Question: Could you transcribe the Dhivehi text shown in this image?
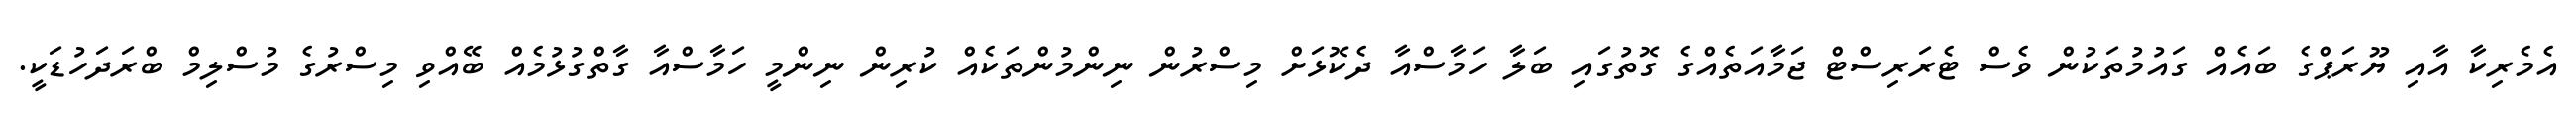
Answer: އެމެރިކާ އާއި ޔޫރަޕްގެ ބައެއް ގައުމުތަކުން ވެސް ޓެރަރިސްޓް ޖަމާއަތެއްގެ ގޮތުގައި ބަލާ ހަމާސްއާ ދެކޮޅަށް މިސްރުން ނިންމުންތަކެއް ކުރިން ނިންމީ ހަމާސްއާ ގާތްގުޅުމެއް ބޭއްވި މިސްރުގެ މުސްލިމް ބްރަދަހުޑަކީ.